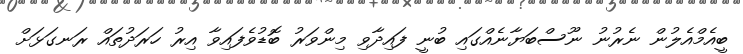
ބީއެމްއެލުން ނެރުނު ނޫސްބަޔާނެއްގައި ބުނީ ފައިދާވި މިންވަރު ބޮޑުވެފައިވާ އިރު ހަރަދުތައް ރަނގަޅަށް